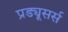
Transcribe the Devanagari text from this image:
प्रड्यूसर्स